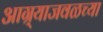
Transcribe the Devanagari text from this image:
आग्र्याजवळच्या